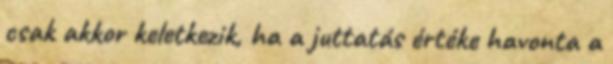
csak akkor keletkezik, ha a juttatás értéke havonta a